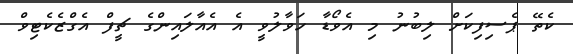
ކެތޭ ޕެސިފިކަށް ލިބުނު މި އެވޯޑާ ހަވާލުވީ އެ އެއާލައިންގެ ޗީފް އެގްޒެކެޓިވް